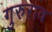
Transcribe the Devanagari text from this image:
गुरुराव